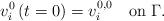
LaTeX: \begin{align*}v_{i}^{0}\left(t=0\right)=v_{i}^{0,0}\quad\mbox{on}\;\Gamma.\end{align*}